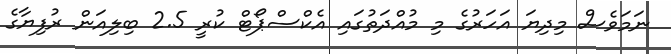
ނަމަވެސް މިދިޔަ އަހަރުގެ މި މުއްދަތުގައި އެކްސްޕޯޓް ކުރީ 2.5 ބިލިއަން ރުފިޔާގެ